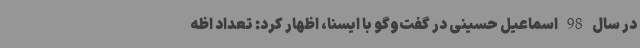
در سال 98 اسماعیل حسینی در گفت‌وگو با ایسنا، اظهار کرد: تعداد اظه